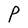
Character: P